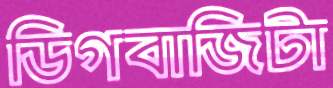
ডিগবাজিটা